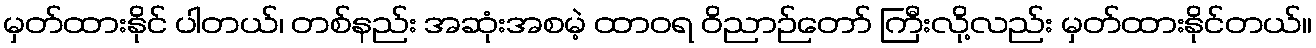
မှတ်ထားနိုင် ပါတယ်၊ တစ်နည်း အဆုံးအစမဲ့ ထာဝရ ဝိညာဉ်တော် ကြီးလို့လည်း မှတ်ထားနိုင်တယ်။